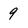
Character: 9